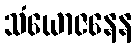
သံယောဇနေန